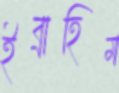
ইব্রাহিম